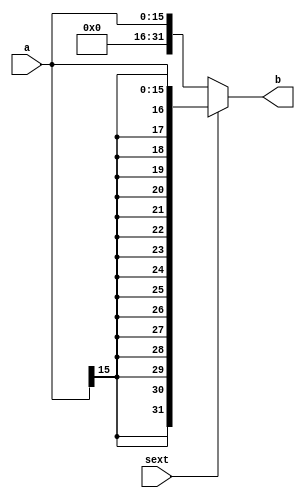
`timescale 1ns / 1ps
module ext16 #(parameter WIDTH=16)(
    input [WIDTH-1:0] a,
    input sext,
    output [31:0] b
    );
    assign b=sext?{{(32-WIDTH){a[WIDTH-1]}},a}:{27'b0,a};
endmodule